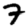
Digit: 7